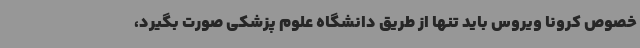
خصوص کرونا ویروس باید تنها از طریق دانشگاه علوم پزشکی صورت بگیرد،